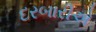
દરબારીએ